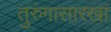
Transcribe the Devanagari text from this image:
तुरुंगासारखा